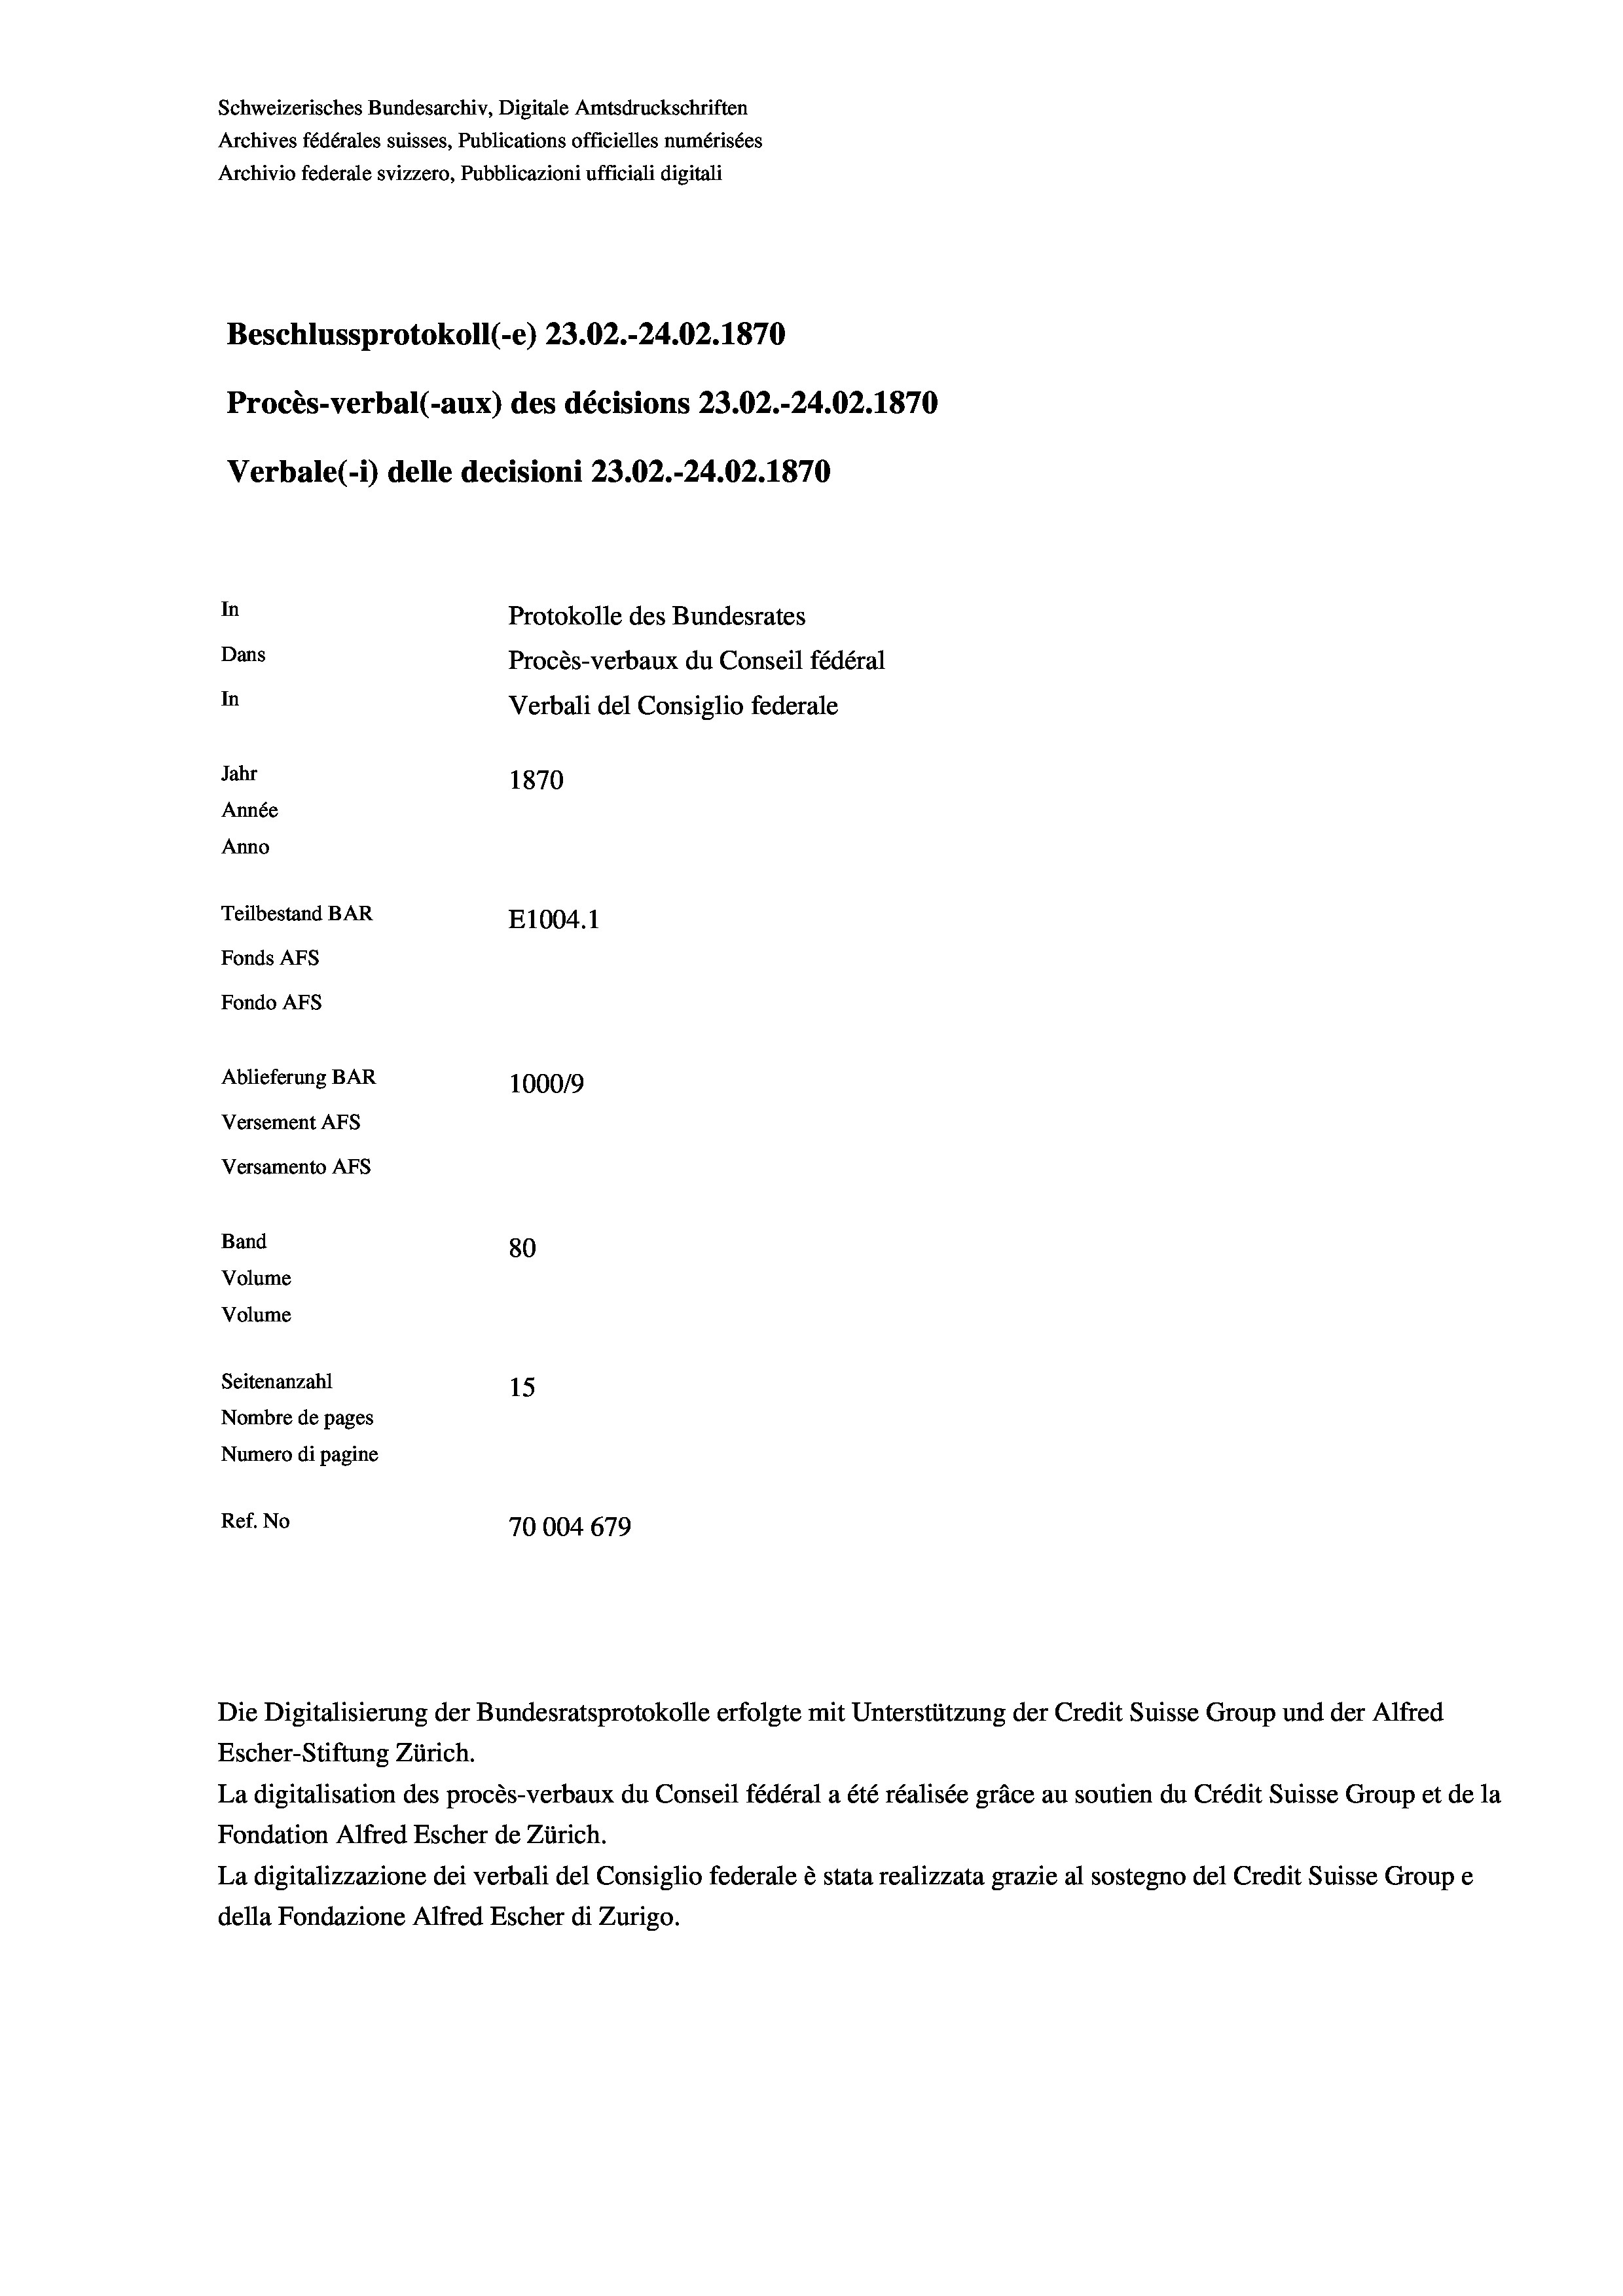
Schweizerisches Bundesarchiv, Digitale Amtsdruckschriften
Archives fédérales suisses, Publications officielles numérisées
Archivio federale svizzero, Pubblicazioni ufficiali digitali
Beschlussprotokoll (-e) 23.02.-24.02. 1870
Procès-verbal (-aux) des décisions 23.02.-24.02. 1870
Verbale (1) delle decisioni 23.02.-24.02. 1870
In
Protokolle des Bundesrates
Dans
Procès-verbaux du Conseil fédéral
In
Verbali del Consiglio federale
Jahr
1870
Année
Anno
Teilbestand BAR
E1004.1
Fonds AFs
Fondo Afs
Ablieferung BAR
100019
Versement AFs
Versamento Afs

80
15
Nombre de pages
Numero di pagine
Ref. No
70004679

Band
Volume

Volume
Seitenanzahl

Escher-Stiftung Zürich.
La digitalisation des procès-verbaux du Conseil fédéral a été réalisée gräce au soutien du Crédit Suisse Group et de la
Fondation Alfred Escher de Zürich.
La digitalizzazione dei verbali del Consiglio federale è stata realizzata grazie al sostegno del Credit Suisse Groupe
della Fondazione Alfred Escher di Zurigo.

Die Digitalisierung der Bundesratsprotokolle erfolgte mit Unterstützung der Credit Suisse Group und der Alfred